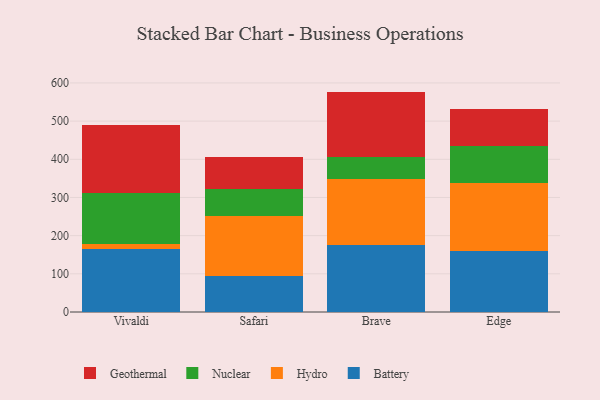
{"axis": {"x": "Browser", "y": "Shipments"}, "legend": ["Battery", "Geothermal", "Hydro", "Nuclear"], "data": [{"x": "Vivaldi", "y": 165.9, "type": "Battery"}, {"x": "Vivaldi", "y": 11.6, "type": "Hydro"}, {"x": "Vivaldi", "y": 133.2, "type": "Nuclear"}, {"x": "Vivaldi", "y": 179.9, "type": "Geothermal"}, {"x": "Safari", "y": 95.5, "type": "Battery"}, {"x": "Safari", "y": 156.3, "type": "Hydro"}, {"x": "Safari", "y": 69.7, "type": "Nuclear"}, {"x": "Safari", "y": 84.4, "type": "Geothermal"}, {"x": "Brave", "y": 176.0, "type": "Battery"}, {"x": "Brave", "y": 171.8, "type": "Hydro"}, {"x": "Brave", "y": 59.3, "type": "Nuclear"}, {"x": "Brave", "y": 170.2, "type": "Geothermal"}, {"x": "Edge", "y": 161.1, "type": "Battery"}, {"x": "Edge", "y": 175.7, "type": "Hydro"}, {"x": "Edge", "y": 97.5, "type": "Nuclear"}, {"x": "Edge", "y": 96.3, "type": "Geothermal"}]}